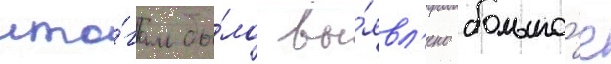
ито́гам бы́ло вы́явл'ено большо́е